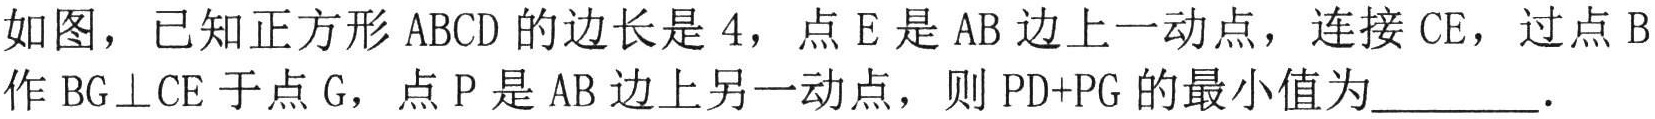
如图，已知正方形 \(ABCD\) 的边长是 \(4\)，点 \(E\) 是 \(AB\) 边上一动点，连接 \(CE\)，过点 \(B\) 作 \(BG\perp CE\) 于点 \(G\)，点 \(P\) 是 \(AB\) 边上另一动点，则 \(PD + PG\) 的最小值为________．